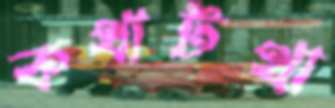
কথাটথা